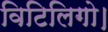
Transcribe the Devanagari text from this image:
विटिलिगो।